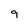
Character: 9